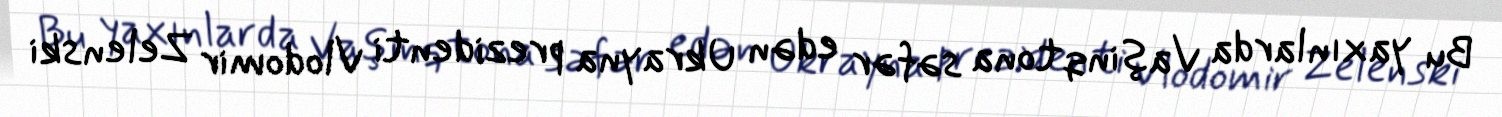
Bu yaxınlarda Vaşinqtona səfər edən Ukrayna prezidenti Vlodomir Zelenski